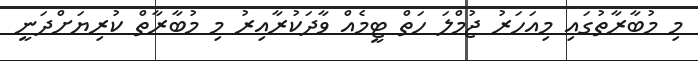
މި މުބާރާތުގައި މިއަހަރު ޖުމްލަ ހަތް ޓީމެއް ވާދަކުރާއިރު މި މުބާރާތް ކުރިޔަށްދަނީ